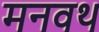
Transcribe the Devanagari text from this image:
मनवथ